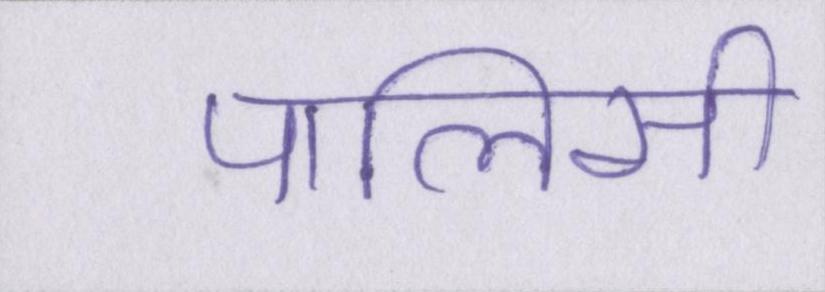
पालिसी